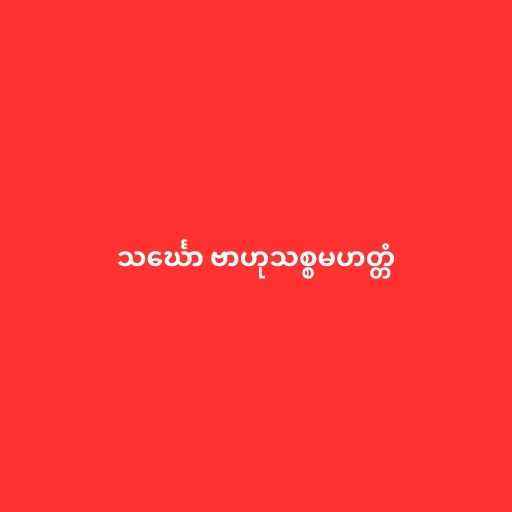
သင်္ဃော ဗာဟုသစ္စမဟတ္တံ